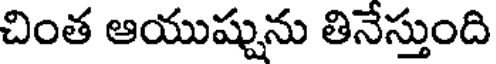
చింత ఆయుష్షును తినేస్తుంది